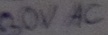
Text: 230V AC